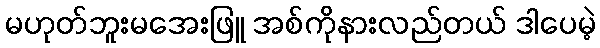
မဟုတ်ဘူးမအေးဖြူ အစ်ကိုနားလည်တယ် ဒါပေမဲ့